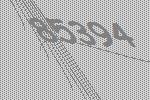
85394